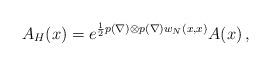
LaTeX: \begin{align*}A_H(x)=e^{\frac12p(\nabla)\otimes p(\nabla)w_N(x,x)}A(x)\,,\end{align*}